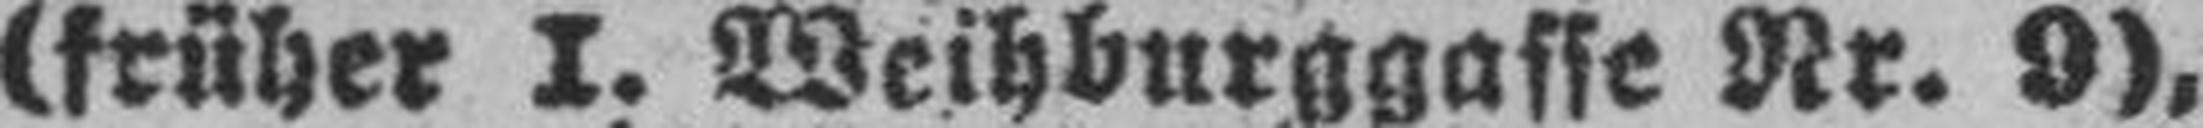
(früher I. Weihburggasse Nr. 9),